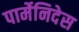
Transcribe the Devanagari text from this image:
पार्मेनिदेस